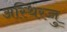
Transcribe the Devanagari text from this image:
अस्थिरज्जु